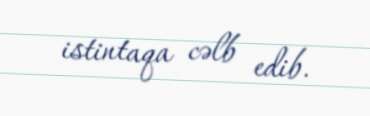
istintaqa cəlb edib.